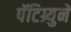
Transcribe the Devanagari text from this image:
पॅटिग्र्युने